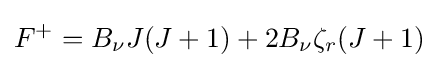
F^{+}=B_{\nu }J(J+1)+2B_{\nu }\zeta _{r}(J+1)